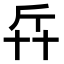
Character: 𠦛